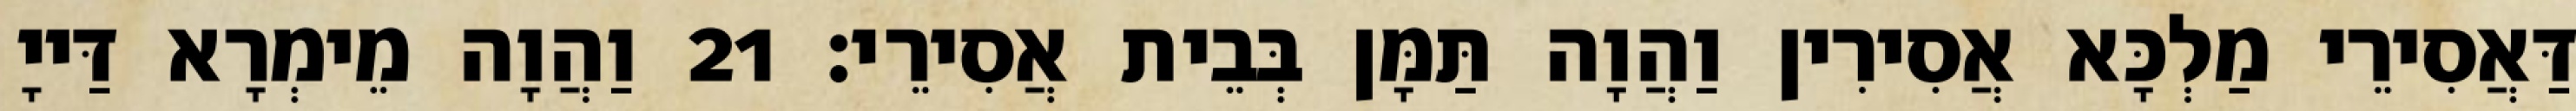
דַּאֲסִירֵי מַלְכָּא אֲסִירִין וַהֲוָה תַּמָּן בְּבֵית אֲסִירֵי׃ 21 וַהֲוָה מֵימְרָא דַּייָ